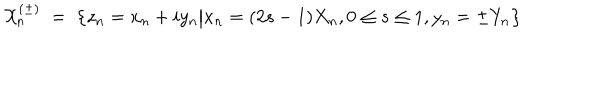
\mathcal { X } _ { n } ^ { ( \pm ) } \; = \; \bigl \{ z _ { n } = x _ { n } + i y _ { n } \big \vert x _ { n } = ( 2 s - 1 ) X _ { n } , 0 \le s \le 1 , y _ { n } = \pm Y _ { n } \bigr \}